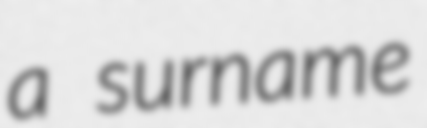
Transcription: a surname